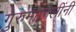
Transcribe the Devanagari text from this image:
गुरुमाऊलींनी